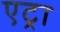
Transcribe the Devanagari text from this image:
एट्रा